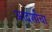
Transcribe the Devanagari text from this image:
आदर्शाचा